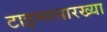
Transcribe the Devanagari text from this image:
टाइम्ससारख्या